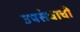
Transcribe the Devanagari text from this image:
उपसंचाची